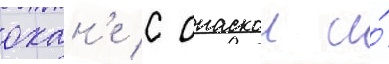
охан'е с опаскои и́